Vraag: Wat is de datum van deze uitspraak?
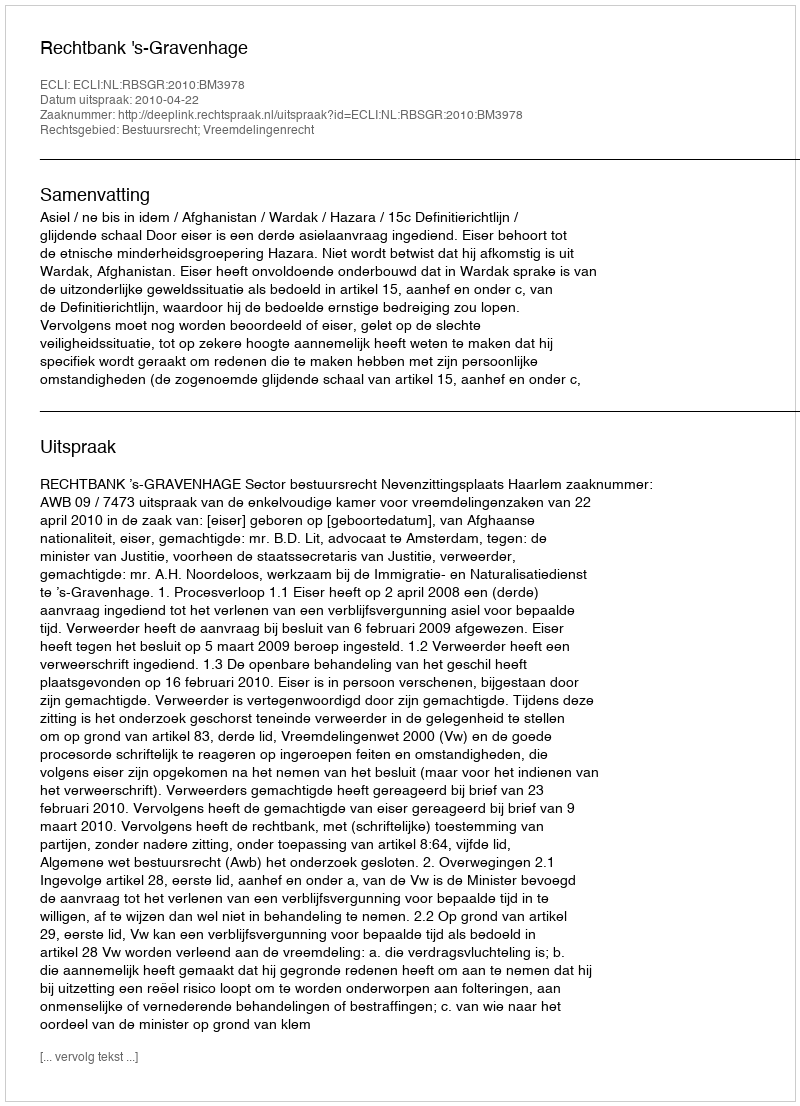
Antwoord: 2010-04-22